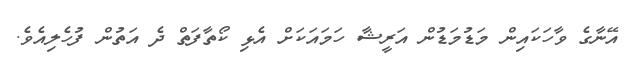
އޭނާގެ ވާހަކައިން މަޑުމަޑުން އަރީޝާ ހަމައަކަށް އެޅި ކޯތާފަތް ދެ އަތުން ފުހެލިއެވެ.